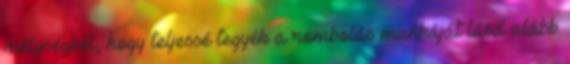
mélységből, hogy teljessé tegyék a rombolás munkáját lásd alább